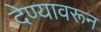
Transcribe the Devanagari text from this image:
देण्यावरून